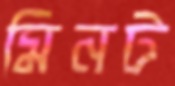
মিনট